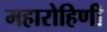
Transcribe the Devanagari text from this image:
महारोहिणी